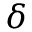
\delta